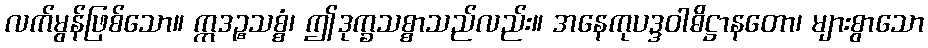
လက်မွန်ဖြစ်သော။ ဣဒဉ္စသစ္စံ၊ ဤဒုက္ခသစ္စာသည်လည်း။ အနေကုပဒ္ဒဝါဓိဋ္ဌာနတော၊ များစွာသော